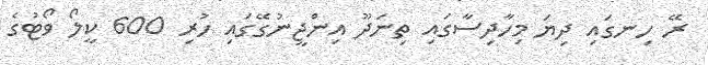
ރޭ ހިނގައި ދިޔަ މިހާދިސާގައި ތިނަދޫ އިންޖީނުގޭގައި ހުރި 600 ކީލޯ ވޯޓުގެ